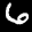
Label: 6